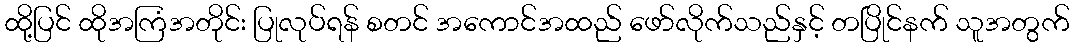
ထို့ပြင် ထိုအကြံအတိုင်း ပြုလုပ်ရန် စတင် အကောင်အထည် ဖော်လိုက်သည်နှင့် တပြိုင်နက် သူအတွက်